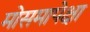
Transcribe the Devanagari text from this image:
मोसमापेक्षा